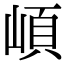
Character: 崸